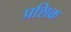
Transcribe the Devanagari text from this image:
प्रशिक